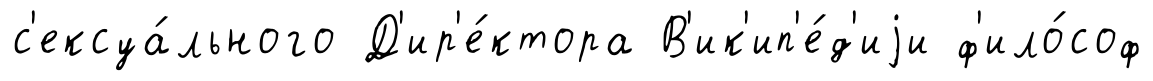
с'ексуа́льного Д'ир'е́ктора В'ик'ип'е́д'иjи ф'ило́соф